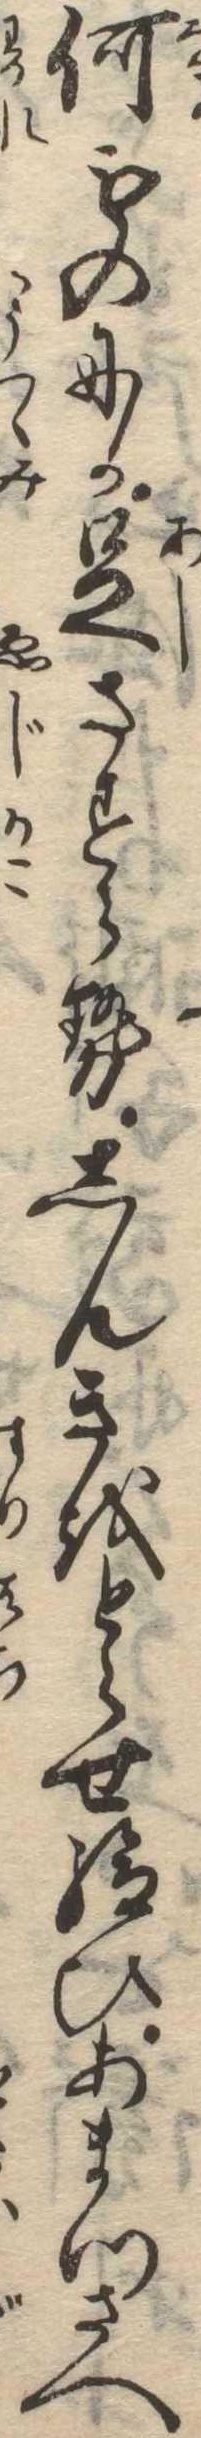
何ものにか足さすらせしんきをとらせ給ひあまつさへ